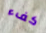
كفء